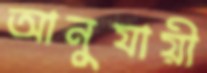
আনুযায়ী